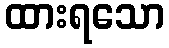
ထားရသော